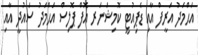
އަޙްމަދު އަރީފް އާއި ޑެޕިއުޓީ ކޮމިޝަނަރ އޮފް ޕޮލިސް އަޙްމަދު ސައުދީ އާއި